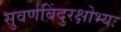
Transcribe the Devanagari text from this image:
सुवर्णबिंदुरक्षोभ्यः